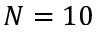
N = 1 0